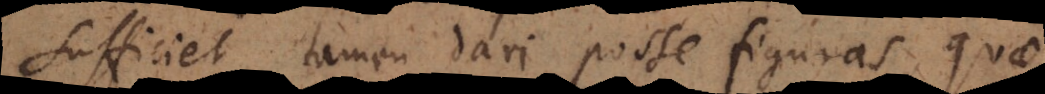
sufficiet tamen dari posse figuras, quae